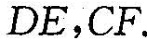
DE，CF.